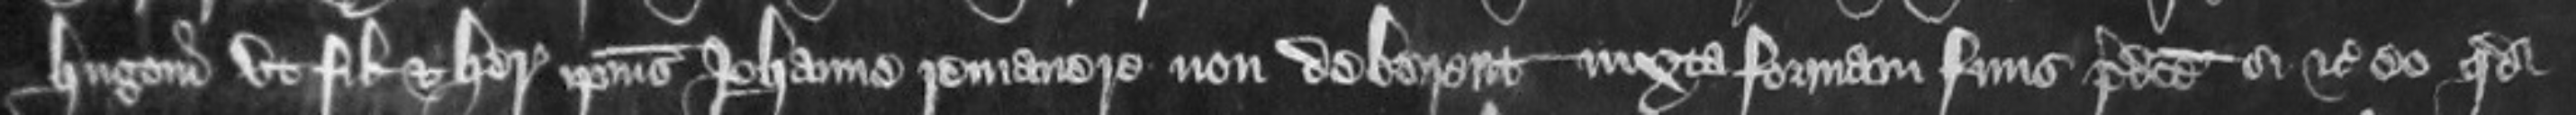
Hugoni ut filio et heredi ipsius Johanne remanere non deberent iuxta formam finis predicte si etc eo quod